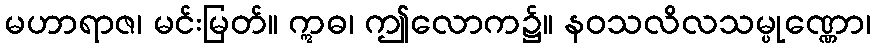
မဟာရာဇ၊ မင်းမြတ်။ ဣဓ၊ ဤလောက၌။ နဝသလိလသမ္ပုဏ္ဏော၊